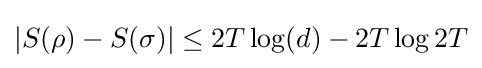
|S(\rho )-S(\sigma )|\leq 2T\log(d)-2T\log 2T